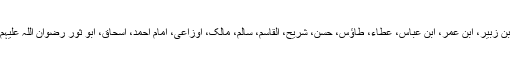
یہی قول عبداللہ بن زبیر، ابن عمر، ابن عباس، عطاء، طاؤس، حسن، شریح، القاسم، سالم، مالک، اوزاعی، امام احمد، اسحاق، ابو ثور رضوان اللہ علیہم اجمعین کا ہے۔